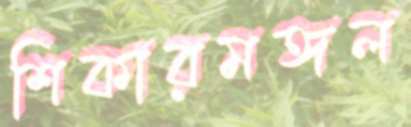
শিকারমঙ্গল